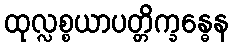
ထုလ္လစ္စယာပတ္တိက္ခန္ဓေန